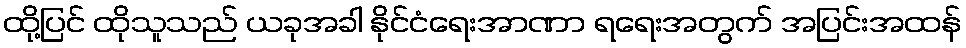
ထို့ပြင် ထိုသူသည် ယခုအခါ နိုင်ငံရေးအာဏာ ရရေးအတွက် အပြင်းအထန်